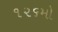
૧૨૬મો